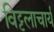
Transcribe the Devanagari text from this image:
विट्टलाचार्य